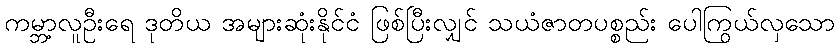
ကမ္ဘာ့လူဦးရေ ဒုတိယ အများဆုံးနိုင်ငံ ဖြစ်ပြီးလျှင် သယံဇာတပစ္စည်း ပေါကြွယ်လှသော